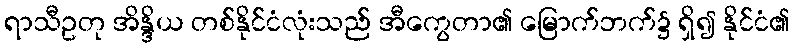
ရာသီဥတု အိန္ဒိယ တစ်နိုင်ငံလုံးသည် အီကွေတာ၏ မြောက်ဘက်၌ ရှိ၍ နိုင်ငံ၏